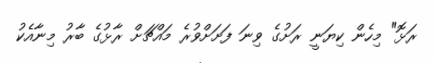
ރަޅޮ" މިހެން ކިޔަނީ ރަށުގެ ވިނަ ފަށަށްވުރެ މައްޗަށް ރާޅުގެ ބާރު މިނާއެކު